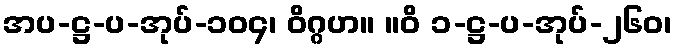
အပ-ဋ္ဌ-ပ-အုပ်-၁၀၄၊ ဝိဂ္ဂဟ။ ။ဝိ ၁-ဋ္ဌ-ပ-အုပ်-၂၆၀၊